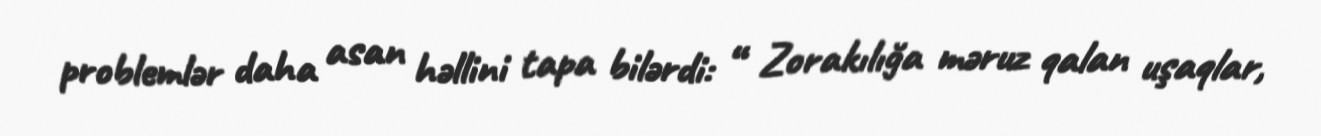
problemlər daha asan həllini tapa bilərdi: “ Zorakılığa məruz qalan uşaqlar,